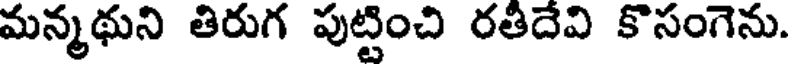
మన్మథుని తిరుగ పుట్టించి రతిదేవి కొసంగెను.